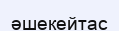
әшекейтас